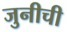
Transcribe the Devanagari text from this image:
जुनीची